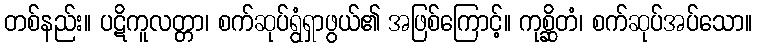
တစ်နည်း။ ပဋိကူလတ္တာ၊ စက်ဆုပ်ရွံရှာဖွယ်၏ အဖြစ်ကြောင့်။ ကုစ္ဆိတံ၊ စက်ဆုပ်အပ်သော။